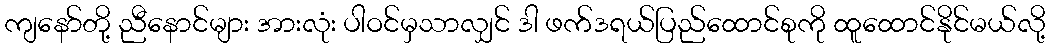
ကျနော်တို့ ညီနောင်များ အားလုံး ပါဝင်မှသာလျှင် ဒါ ဖက်ဒရယ်ပြည်ထောင်စုကို ထူထောင်နိုင်မယ်လို့